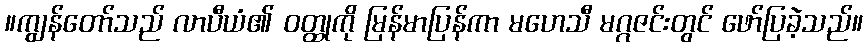
။ကျွန်တော်သည် လာပီယံ၏ ဝတ္ထုကို မြန်မာပြန်ကာ မဟေသီ မဂ္ဂဇင်းတွင် ဖော်ပြခဲ့သည်။